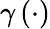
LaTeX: \gamma\left(\cdot\right)